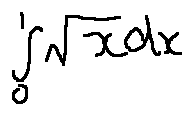
\int \limits _ { 0 } ^ { 1 } \sqrt { x } d x